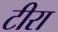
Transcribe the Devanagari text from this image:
टीरा